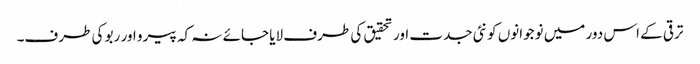
ترقی کے اس دور میں نوجوانوں کو نئی جدت اور تحقیق کی طرف لایا جائے نہ کہ پیرو اور ربو کی طرف۔